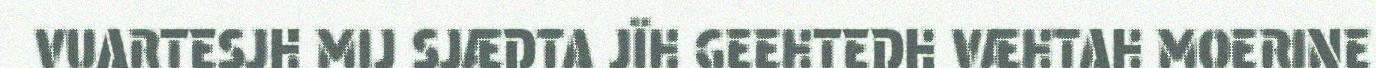
VUARTESJH MIJ SJÆDTA JÏH GEEHTEDH VÆHTAH MOERINE